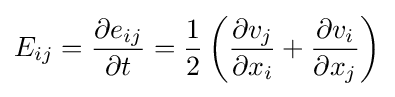
E_{ij}={\frac {\partial e_{ij}}{\partial t}}={\frac {1}{2}}\left({\frac {\partial v_{j}}{\partial x_{i}}}+{\frac {\partial v_{i}}{\partial x_{j}}}\right)